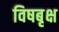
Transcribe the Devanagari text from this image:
विषबृक्ष